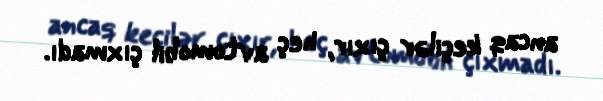
ancaq keçilər çıxır, heç avtomobil çıxmadı.